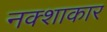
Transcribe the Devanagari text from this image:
नक्शाकार